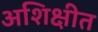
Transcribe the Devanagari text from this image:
अशिक्षीत